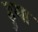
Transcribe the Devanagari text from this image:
हुथा